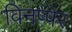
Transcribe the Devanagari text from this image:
विनप्पेर